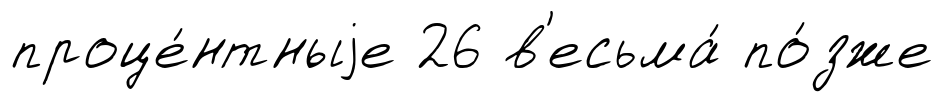
проце́нтныjе 26 в'есьма́ по́зже